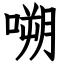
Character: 嗍